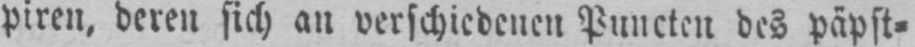
piren, deren sich an verschiedenen Puncten des päpst⸗